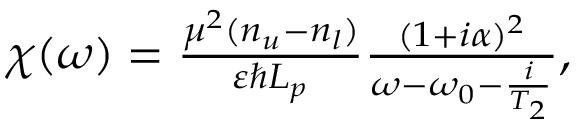
\begin{array} { r } { \chi ( \omega ) = \frac { \mu ^ { 2 } ( n _ { u } - n _ { l } ) } { \varepsilon \hbar L _ { p } } \frac { ( 1 + i \alpha ) ^ { 2 } } { \omega - \omega _ { 0 } - \frac { i } { T _ { 2 } } } , } \end{array}